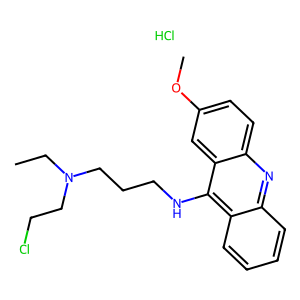
SMILES: CCN(CCCl)CCCNc1c2ccccc2nc2ccc(OC)cc12.Cl
Inhibits HIV replication: No